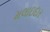
મલાઇદાર